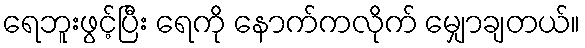
ရေဘူးဖွင့်ပြီး ရေကို နောက်ကလိုက် မျှောချတယ်။